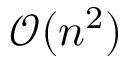
\mathcal { O } ( n ^ { 2 } )